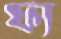
ফ্য